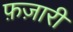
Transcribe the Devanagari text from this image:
फ़ज़ारी